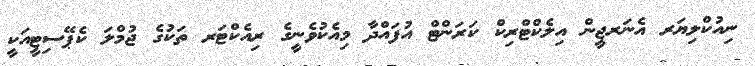
ނިއުކްލިޔަރ އެނަރޖީން އިލެކްޓްރިކް ކަރަންޓް އުފައްދާ މިއެކުވެނީގެ ރިއެކްޓަރ ތަކުގެ ޖުމްލަ ކެޕޭސިޓީއަކީ